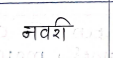
मजकूर: नवरी